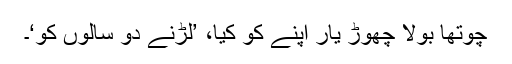
چوتھا بولا چھوڑ یار اپنے کو کیا، ’لڑنے دو سالوں کو‘۔